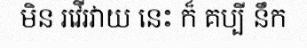
មិន រវើរវាយ នេះ ក៏ គប្បី នឹក